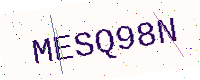
Text: MESQ98N